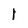
Character: l